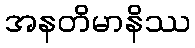
အနတိမာနိဿ